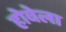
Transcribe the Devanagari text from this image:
होवेला